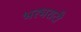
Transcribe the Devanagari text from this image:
भरभराटी